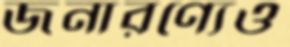
জনারণ্যেও